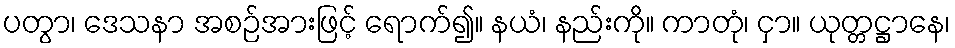
ပတွာ၊ ဒေသနာ အစဉ်အားဖြင့် ရောက်၍။ နယံ၊ နည်းကို။ ကာတုံ၊ ငှာ။ ယုတ္တဋ္ဌာနေ၊